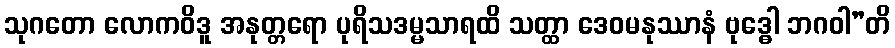
သုဂတော လောကဝိဒူ အနုတ္တရော ပုရိသဒမ္မသာရထိ သတ္ထာ ဒေဝမနုဿာနံ ဗုဒ္ဓေါ ဘဂဝါ”တိ